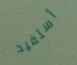
أستفيد